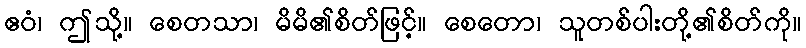
ဧဝံ၊ ဤသို့။ စေတသာ၊ မိမိ၏စိတ်ဖြင့်။ စေတော၊ သူတစ်ပါးတို့၏စိတ်ကို။